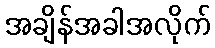
အချိန်အခါအလိုက်